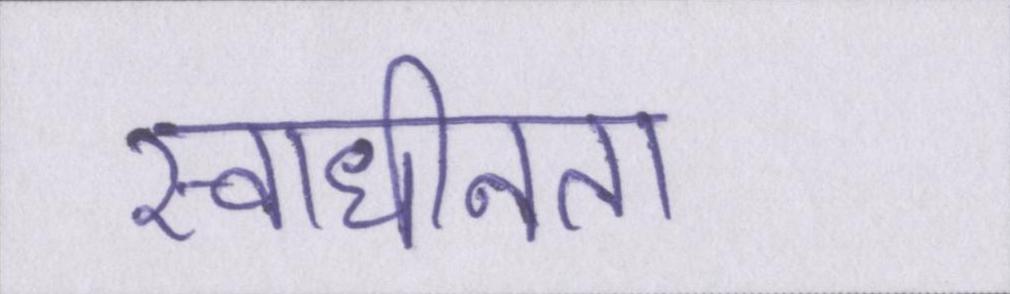
स्वाधीनता